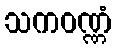
သကဝဏ္ဏံ